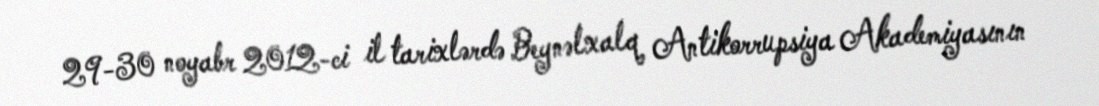
29-30 noyabr 2012-ci il tarixlərdə Beynəlxalq Antikorrupsiya Akademiyasının